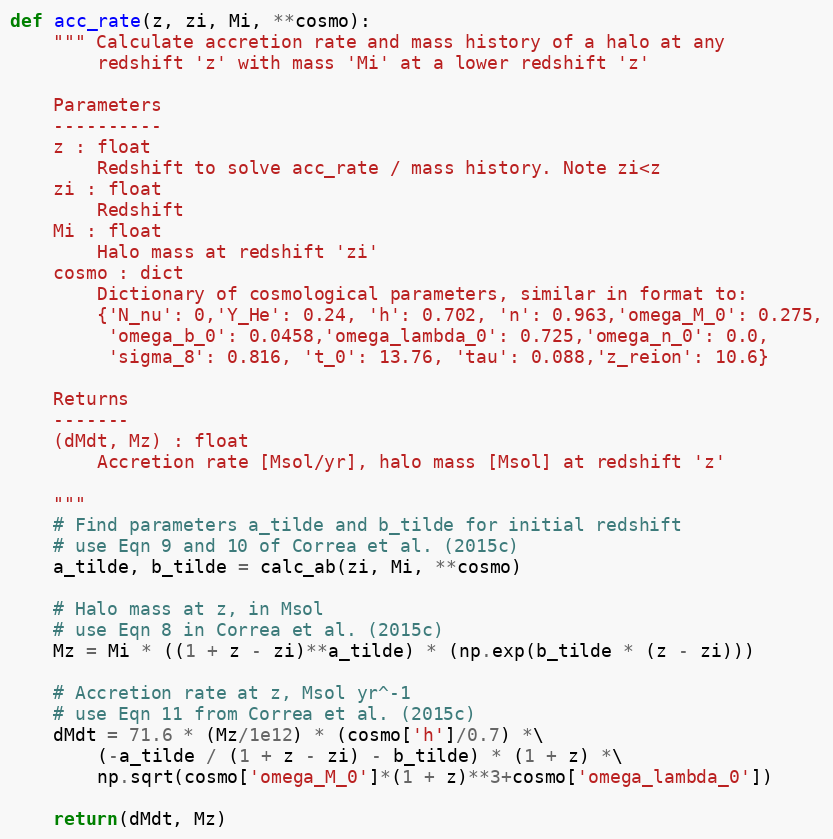
Language: Python
def acc_rate(z, zi, Mi, **cosmo):
    """ Calculate accretion rate and mass history of a halo at any
        redshift 'z' with mass 'Mi' at a lower redshift 'z'

    Parameters
    ----------
    z : float
        Redshift to solve acc_rate / mass history. Note zi<z
    zi : float
        Redshift
    Mi : float
        Halo mass at redshift 'zi'
    cosmo : dict
        Dictionary of cosmological parameters, similar in format to:
        {'N_nu': 0,'Y_He': 0.24, 'h': 0.702, 'n': 0.963,'omega_M_0': 0.275,
         'omega_b_0': 0.0458,'omega_lambda_0': 0.725,'omega_n_0': 0.0,
         'sigma_8': 0.816, 't_0': 13.76, 'tau': 0.088,'z_reion': 10.6}

    Returns
    -------
    (dMdt, Mz) : float
        Accretion rate [Msol/yr], halo mass [Msol] at redshift 'z'

    """
    # Find parameters a_tilde and b_tilde for initial redshift
    # use Eqn 9 and 10 of Correa et al. (2015c)
    a_tilde, b_tilde = calc_ab(zi, Mi, **cosmo)

    # Halo mass at z, in Msol
    # use Eqn 8 in Correa et al. (2015c)
    Mz = Mi * ((1 + z - zi)**a_tilde) * (np.exp(b_tilde * (z - zi)))

    # Accretion rate at z, Msol yr^-1
    # use Eqn 11 from Correa et al. (2015c)
    dMdt = 71.6 * (Mz/1e12) * (cosmo['h']/0.7) *\
        (-a_tilde / (1 + z - zi) - b_tilde) * (1 + z) *\
        np.sqrt(cosmo['omega_M_0']*(1 + z)**3+cosmo['omega_lambda_0'])

    return(dMdt, Mz)